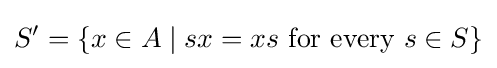
S'=\{x\in A\mid sx=xs{\text{ for every }}s\in S\}